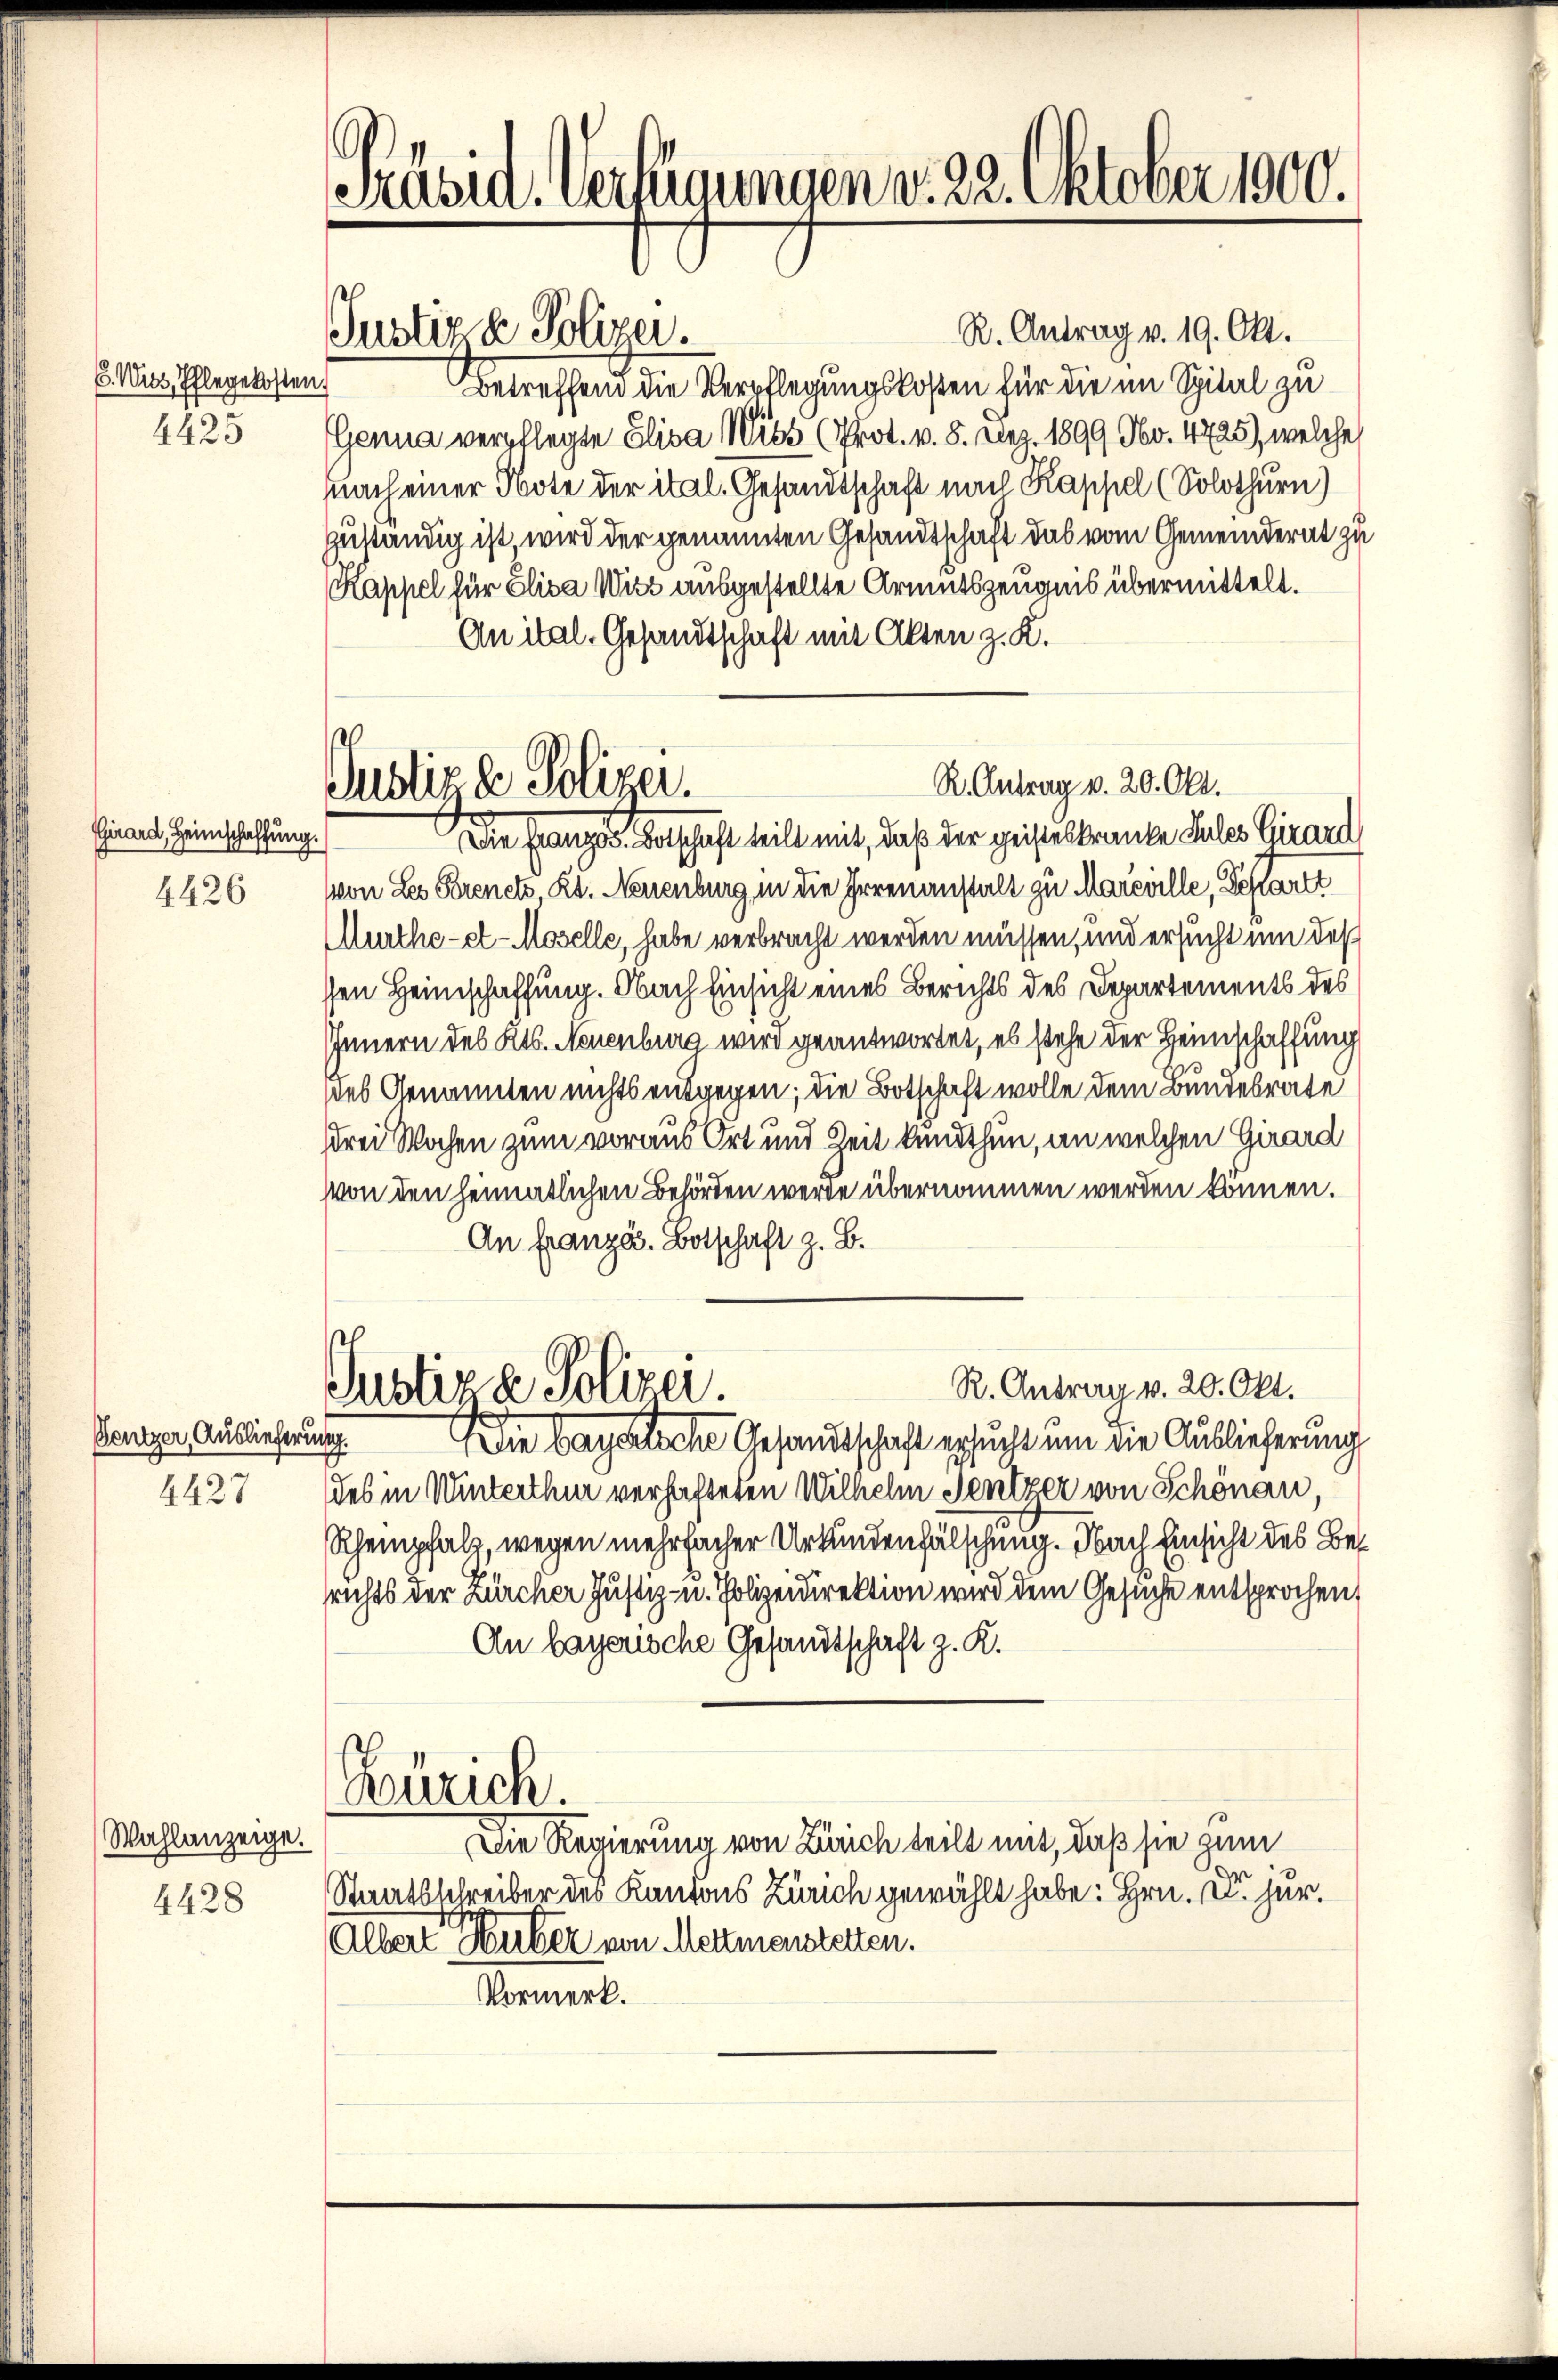
6. Wies, Pflegekosten
4425

Girard, Heimschaffung.
4426

Bentzer, Auslieferung
4427

Wahlanzeige.
4428

Präsid. Verfügungen v. 22. Oktober 1900.

Justiz & Polizei.

R. Antrag v. 20. Okt.
Justiz & Polizei.

R. Antrag v. 19. Okt.
Betreffend die Verpflegungskosten für die im Spital zu
Genua verpflegte Elisa Wits (Prot. v. 8. Dez. 1899. Nbv. 4725), welche
nach einer Note der ital. Gesandtschaft nach Kappel (Solothurn)
zuständig ist, wird der genannten Gesandtschaft das vom Gemeinderat zu
(Kappel für Elisa Witz ausgestellte Armutszeugnis übermittelt.
An ital. Gesandtschaft mit Akten z. K.
Die französ. Botschaft teilt mit, daß der geisteskranke Sules Girard
von Les Prenetz Kt. Neuenburg in die Irrenanstalt zu Mareville, Departe
Murthe- et-Moselle, habe verbracht werden müssen, und ersucht um des
sen Heimschaffung. Nach Einsicht eines Berichts des Departements des
Innern des Kts. Neuenburg wird geantwortet, es stehe der Heimschaffung
des Genannten nichts entgegen; die Botschaft wolle dem Bundesrate
drei Wochen zum voraus Ort und Zeit kenthun, an welchen Girard
von den heimatlichen Behörden werde übernommen werden können.
An Franza. Botschaft z. B.
R. Antrag v. 20. Okt.
Justiz & Polizei.
u
Die bayerliche Gesandtschaft ersucht um die Auslieferung
des in Winterthur verhafteten Wilhelm Sentzer von Schönau,
Rhempfalz, wegen mehrfacher Urkundenfälschung. Nach Einsicht des Besrichts der Zürcher Justiz- u. Polizeidirektion wird dem Gesuche entsprochen,
An bayerische Gesandtschaft z. K.
Zürich.
Die Regierung von Zürich teilt mit, daß sie zum
Staatsschreiber des Kantons Zürich gewählt habe. Hrn. u. her.
Albert Huber von Mettmenstetten.
Vormerk.